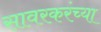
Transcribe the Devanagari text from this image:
सावरकरंच्या